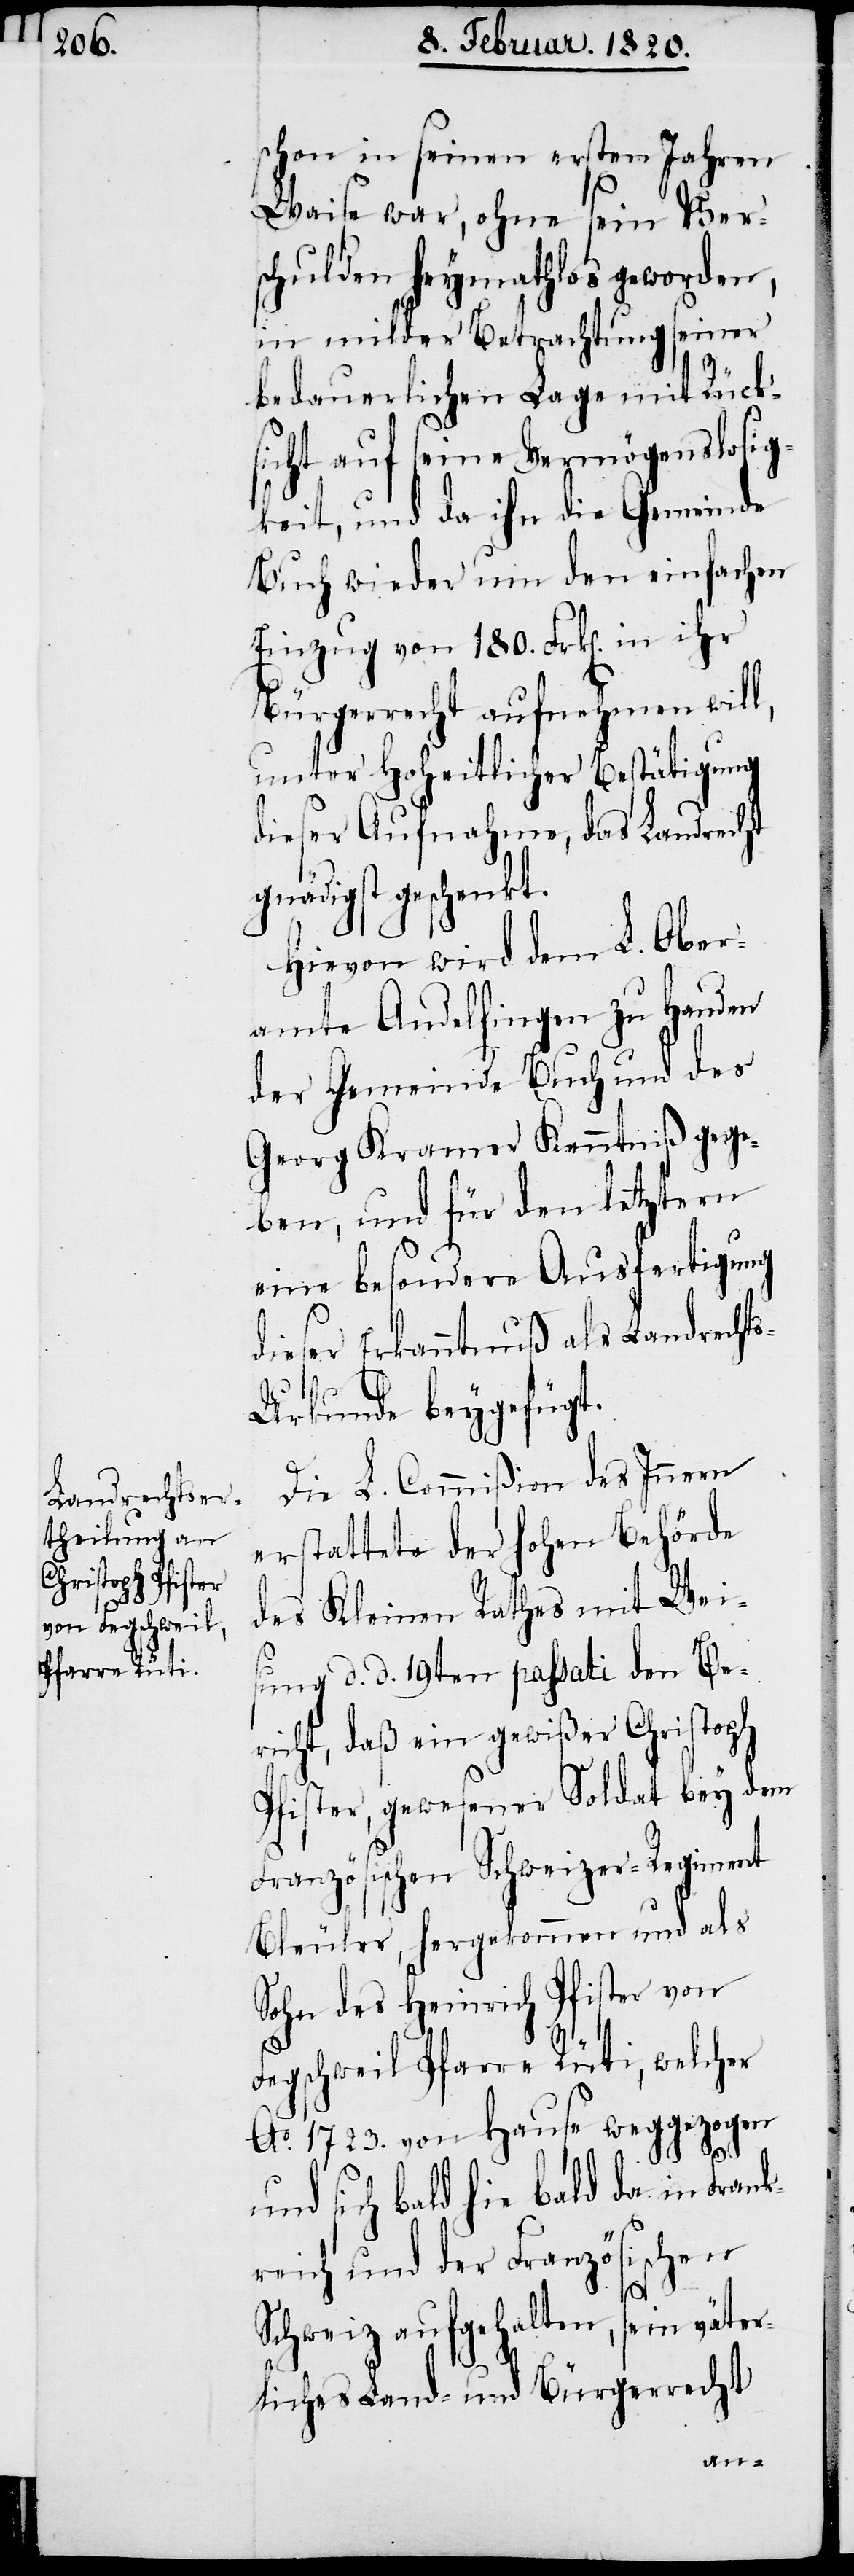
schon in seinen ersten Jahren
Waise war, ohne sein Ver¬
schulden heymathlos geworden,
in milder Betrachtung seiner
bedauerlichen Lage mit Rück¬
sicht auf seine Vermögenslosig¬
keit, und da ihn die Gemeinde
Buch wieder um den einfachen
Einzug von 180. Frk[en]. in ihr
Bürgerrecht aufnehmen will,
unter Hoheitlicher Bestätigung
dieser Aufnahme, das Landrecht
gnädigst geschenkt.
Hievon wird dem L. Ober¬
amte Andelfingen zu Handen
der Gemeinde Buch und des
Georg Kramer Kenntniß gege¬
ben, und für den letztern
eine besondere Ausfertigung
dieser Erkanntnuß als Landrecht¬
s-Urkunde beygefügt.
Die L. Commißion des Innern
erstattete der hohen Behörde
des Kleinen Rathes mit Wei¬
sung d. d. 19ten passati den Be¬
richt, daß ein gewißer Christoph
Pfister, gewesener Soldat bey dem
Französischen Schweizer-Regiment
Bleuler, hergekommen und als
Sohn des Heinrich Pfister von
Fegschweil Pfarre Rüti, welcher
Ao.1723. von Hause weggezogen
und sich bald hie bald da in Frank¬
reich und der Französischen
Schweiz aufgehalten, sein väter¬
liches Land- und Bürgerrecht